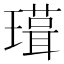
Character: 𭺃